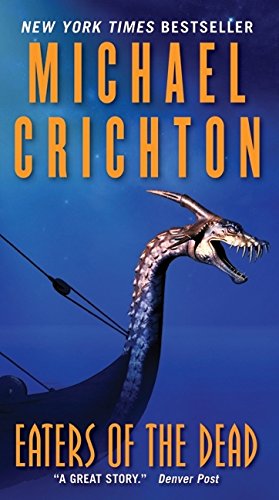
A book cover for Eaters of the Dead; Michael Crichton; Mystery, Thriller & Suspense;